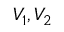
V _ { 1 } , V _ { 2 }